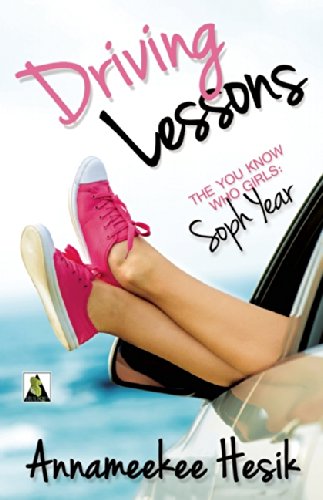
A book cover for Driving Lessons: A You Know Who Girls Novel (The You Know Who Girls); Annameekee Hesik; Teen & Young Adult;